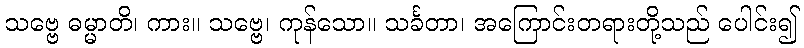
သဗ္ဗေ ဓမ္မာတိ၊ ကား။ သဗ္ဗေ၊ ကုန်သော။ သင်္ခတာ၊ အကြောင်းတရားတို့သည် ပေါင်း၍